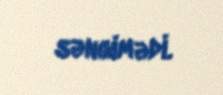
səngimədi.